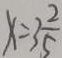
x = 3 \frac { 2 } { 5 }